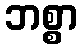
ဘစ္စာ